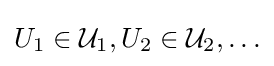
U_{1}\in {\mathcal {U}}_{1},U_{2}\in {\mathcal {U}}_{2},\ldots